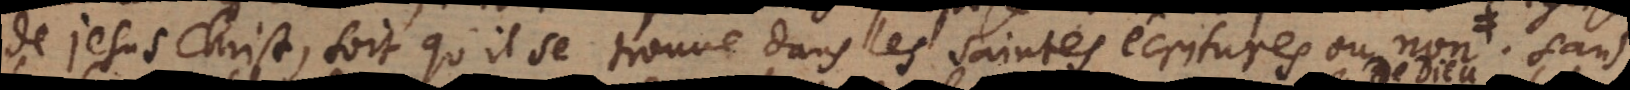
de Jesus Christ, soit qu’il se trouve dans les saintes écritures ou non. (: